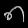
Digit: ၈